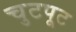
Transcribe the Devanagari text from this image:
चुटपूट